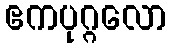
ဧကပုဂ္ဂလော